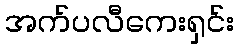
အက်ပလီကေးရှင်း